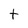
Character: t